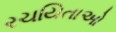
રચયિતાઓ